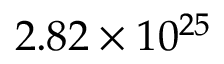
2 . 8 2 \times 1 0 ^ { 2 5 }